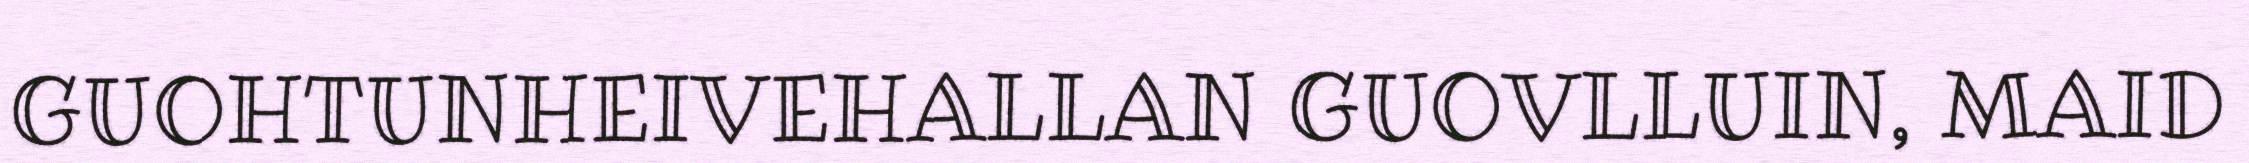
GUOHTUNHEIVEHALLAN GUOVLLUIN, MAID